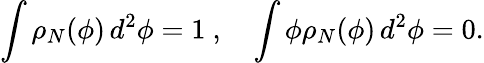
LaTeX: \int\rho_{N}(\phi)\, d^{2}\phi=1\ ,\quad\int\phi\rho_{N}(\phi)\, d^{2}\phi=0.